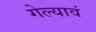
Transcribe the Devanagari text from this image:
गेल्यावं